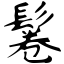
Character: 鬈